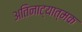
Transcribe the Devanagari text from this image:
अतिनाट्यात्मक